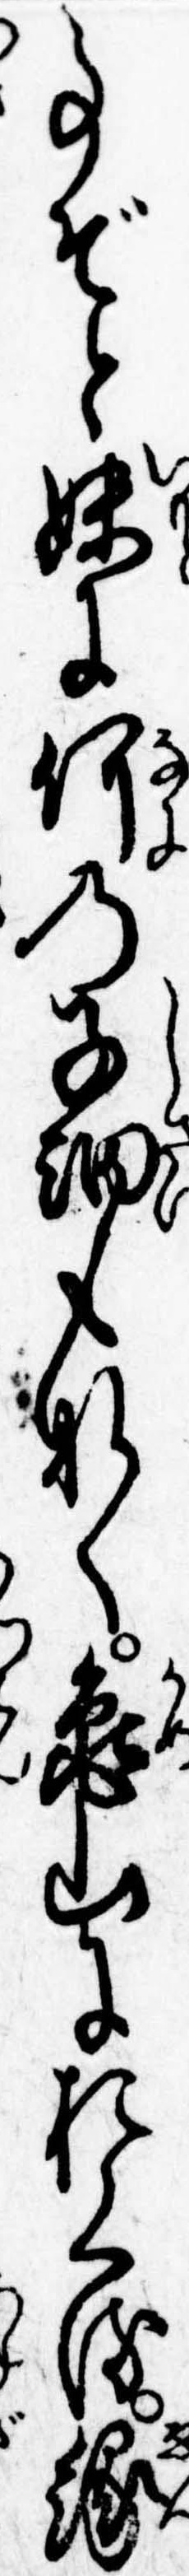
事ぞと妹に何の子細もなく亀山におくる縁